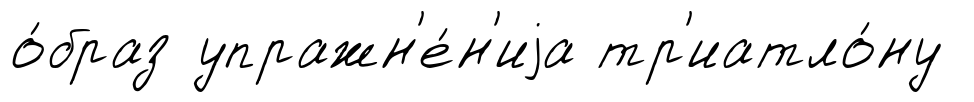
о́браз упражн'е́н'иjа тр'иатло́ну